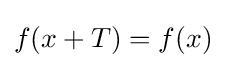
f(x+T)=f(x)